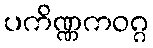
ပကိဏ္ဏကဝဂ္ဂ